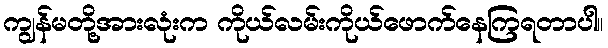
ကျွန်မတို့အားလုံးက ကိုယ်လမ်းကိုယ်ဖောက်နေကြရတာပါ။